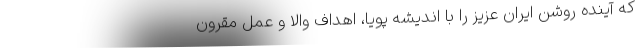
که آینده روشن ایران عزیز را با اندیشه پویا، اهداف والا و عمل مقرون